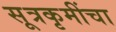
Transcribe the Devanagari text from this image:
सूत्रकृमींचा